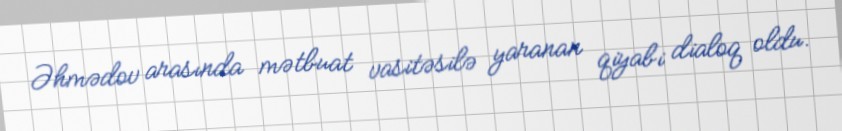
Əhmədov arasında mətbuat vasitəsilə yaranan qiyabi dialoq oldu.